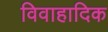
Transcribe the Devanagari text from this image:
विवाहादिक